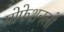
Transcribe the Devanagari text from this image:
प्रोफेशनलों